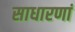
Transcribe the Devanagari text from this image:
साधारणां